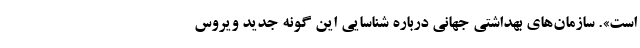
است». سازمان‌های بهداشتی جهانی درباره شناسایی این گونه جدید ویروس